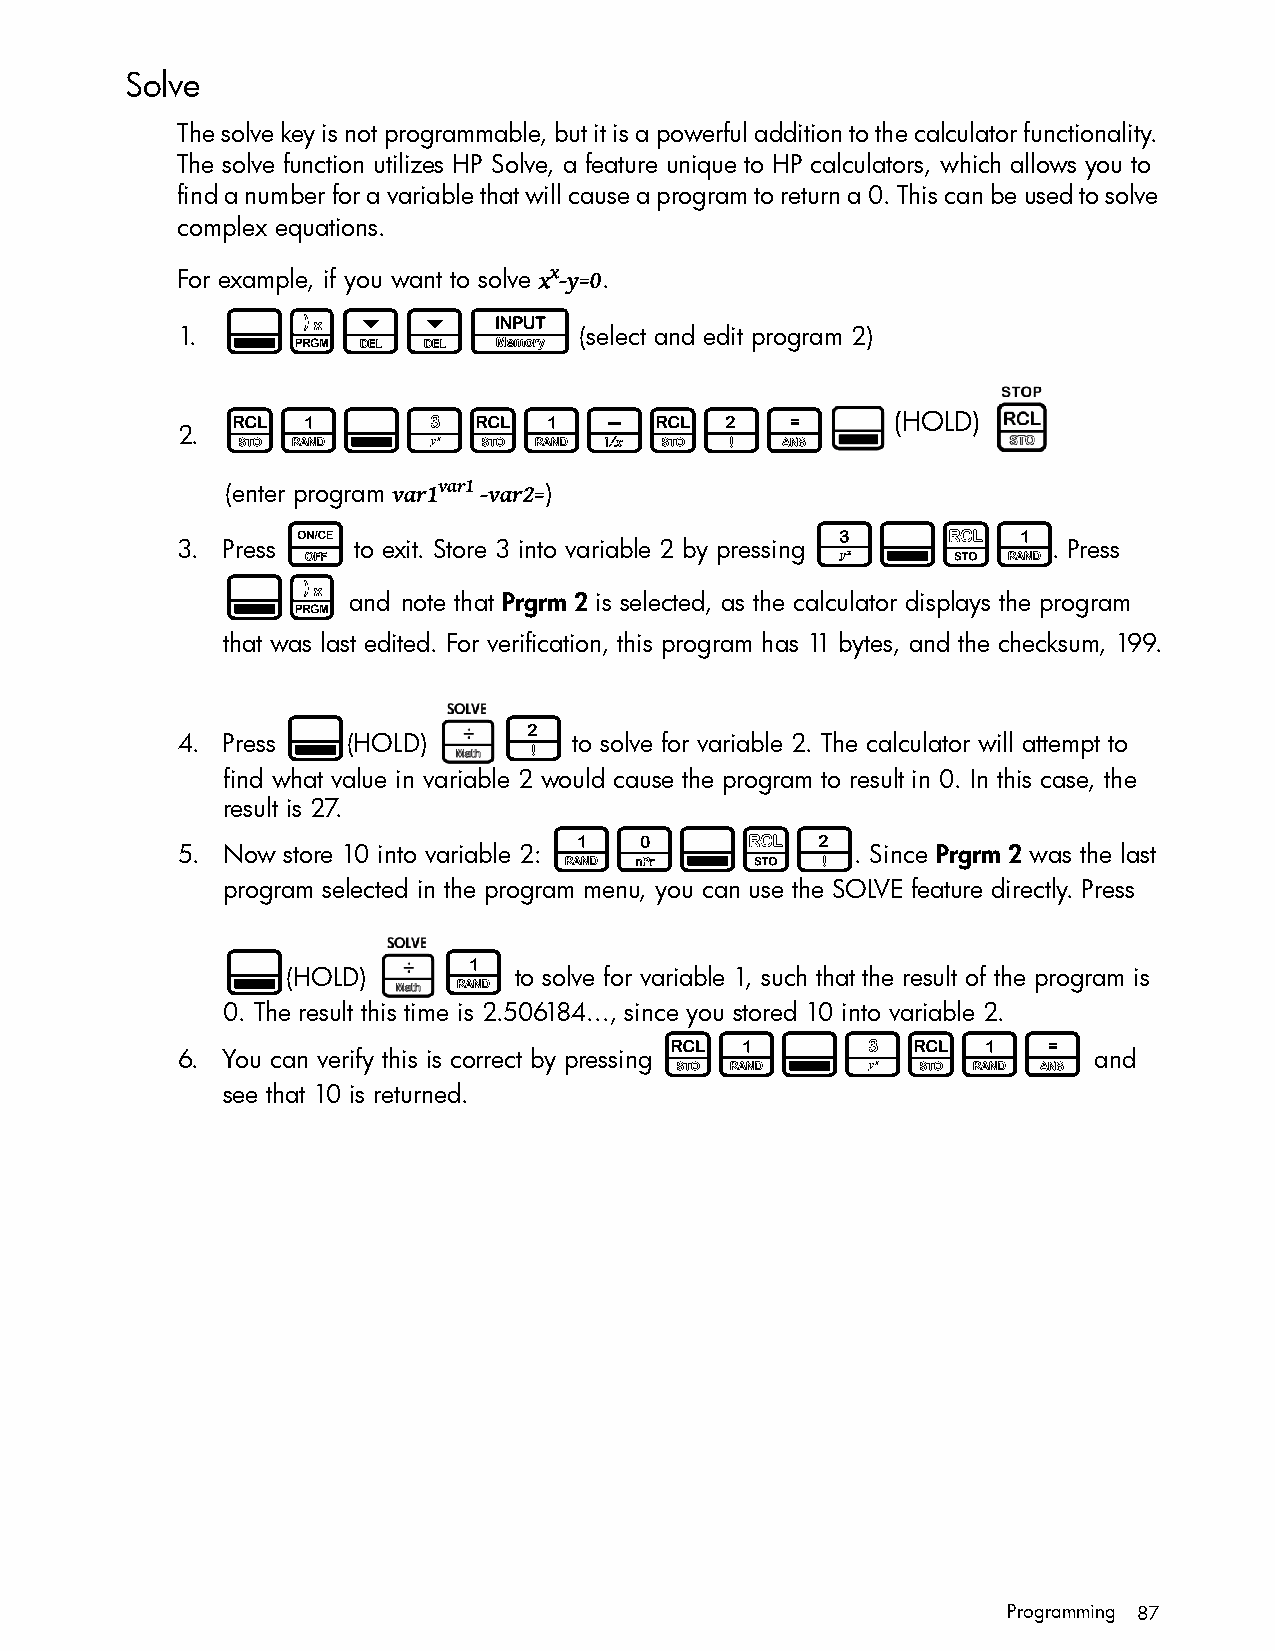
Solve
 The solve key is not programmable, but it is a powerful addition to the calculator functionality.
 The solve function utilizes HP Solve, a feature unique to HP calculators, which allows you to
 find a number for a variable that will cause a program to return a 0. This can be used to solve
 complex equations.
 For example, if you want to solve xx -y=0.
 :E<<I
 1.                        (select and edit program 2)
 L1:hL1-L2=                                  (HOLD)
 2.
 (enter program var1var1 -var2=)
 O                                  3:$1
 3. Press   to exit. Store 3 into variable 2 by pressing   . Press
 :E
 and note that Prgrm 2 is selected, as the calculator displays the program
 that was last edited. For verification, this program has 11 bytes, and the checksum, 199.
 :             2
 4. Press   (HOLD)         to solve for variable 2. The calculator will attempt to
 find what value in variable 2 would cause the program to result in 0. In this case, the
 result is 27.
 10:$2
 5. Now store 10 into variable 2:             . Since Prgrm 2 was the last
 program selected in the program menu, you can use the SOLVE feature directly. Press
 :             1
 (HOLD)         to solve for variable 1, such that the result of the program is
 0. The result this time is 2.506184..., since you stored 10 into variable 2.
 L1:hL1=
 6. You can verify this is correct by pressing               and
 see that 10 is returned.
 Programming 87